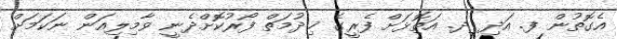
އެގޮތުން ފ. އަދި ދ. އަތޮޅަށް ފެރީގެ ޚިދުމަތް ފޯރުކޮށްދެނީ ވާމިލިއަން ނަކަމަށް